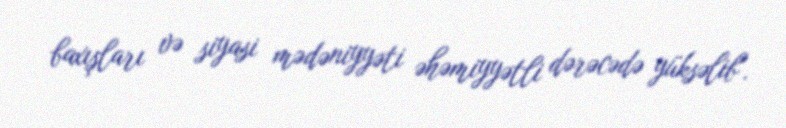
baxışları və siyasi mədəniyyəti əhəmiyyətli dərəcədə yüksəlib".